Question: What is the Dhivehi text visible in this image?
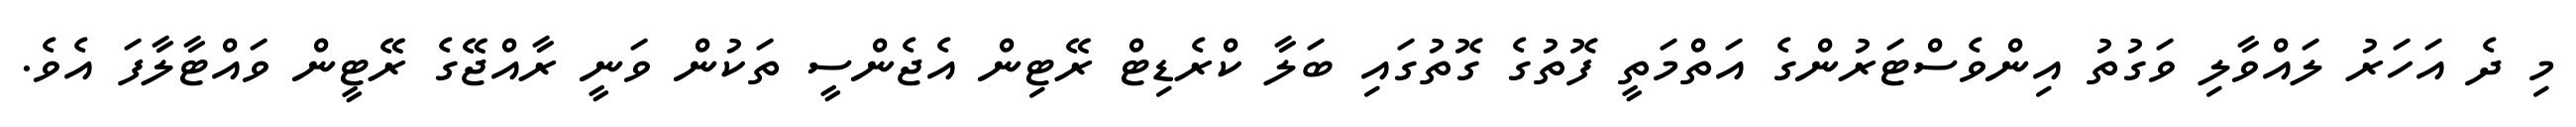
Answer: މި ދެ އަހަރު ލައްވާލި ވަގުތު އިންވެސްޓަރުންގެ އަތްމަތީ ފޮތުގެ ގޮތުގައި ބަލާ ކްރެޑިޓް ރޭޓިން އެޖެންސީ ތަކުން ވަނީ ރާއްޖޭގެ ރޭޓީން ވައްޓާލާފަ އެވެ.